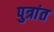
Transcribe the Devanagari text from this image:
पुत्रांत